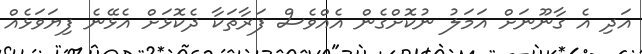
އަދި އެ ގާނޫނަށް އަމަލު ނުކޮށްގެން އެއްވެސް ފަރާތަކާ ދެކޮޅަށް އެޅޭނެ ފިޔަވަޅެއް